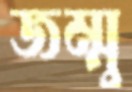
জম্মু